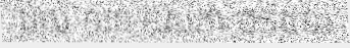
ដល់ ១៣ ឧសភា ១៩៥១)